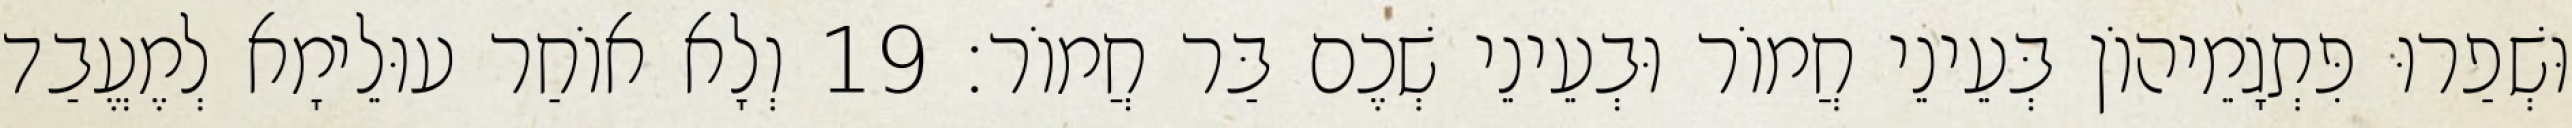
וּשְׁפַרוּ פִּתְגָמֵיהוֹן בְּעֵינֵי חֲמוֹר וּבְעֵינֵי שְׁכֶם בַּר חֲמוֹר׃ 19 וְלָא אוֹחַר עוּלֵימָא לְמֶעֱבַד